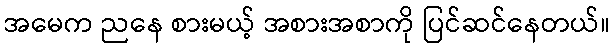
အမေက ညနေ စားမယ့် အစားအစာကို ပြင်ဆင်နေတယ်။